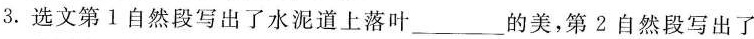
3.选文第1自然段写出了水泥道上落叶___的美，第2自然段写出了